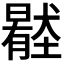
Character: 𡒦